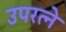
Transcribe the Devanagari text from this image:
उपरत्‍ने